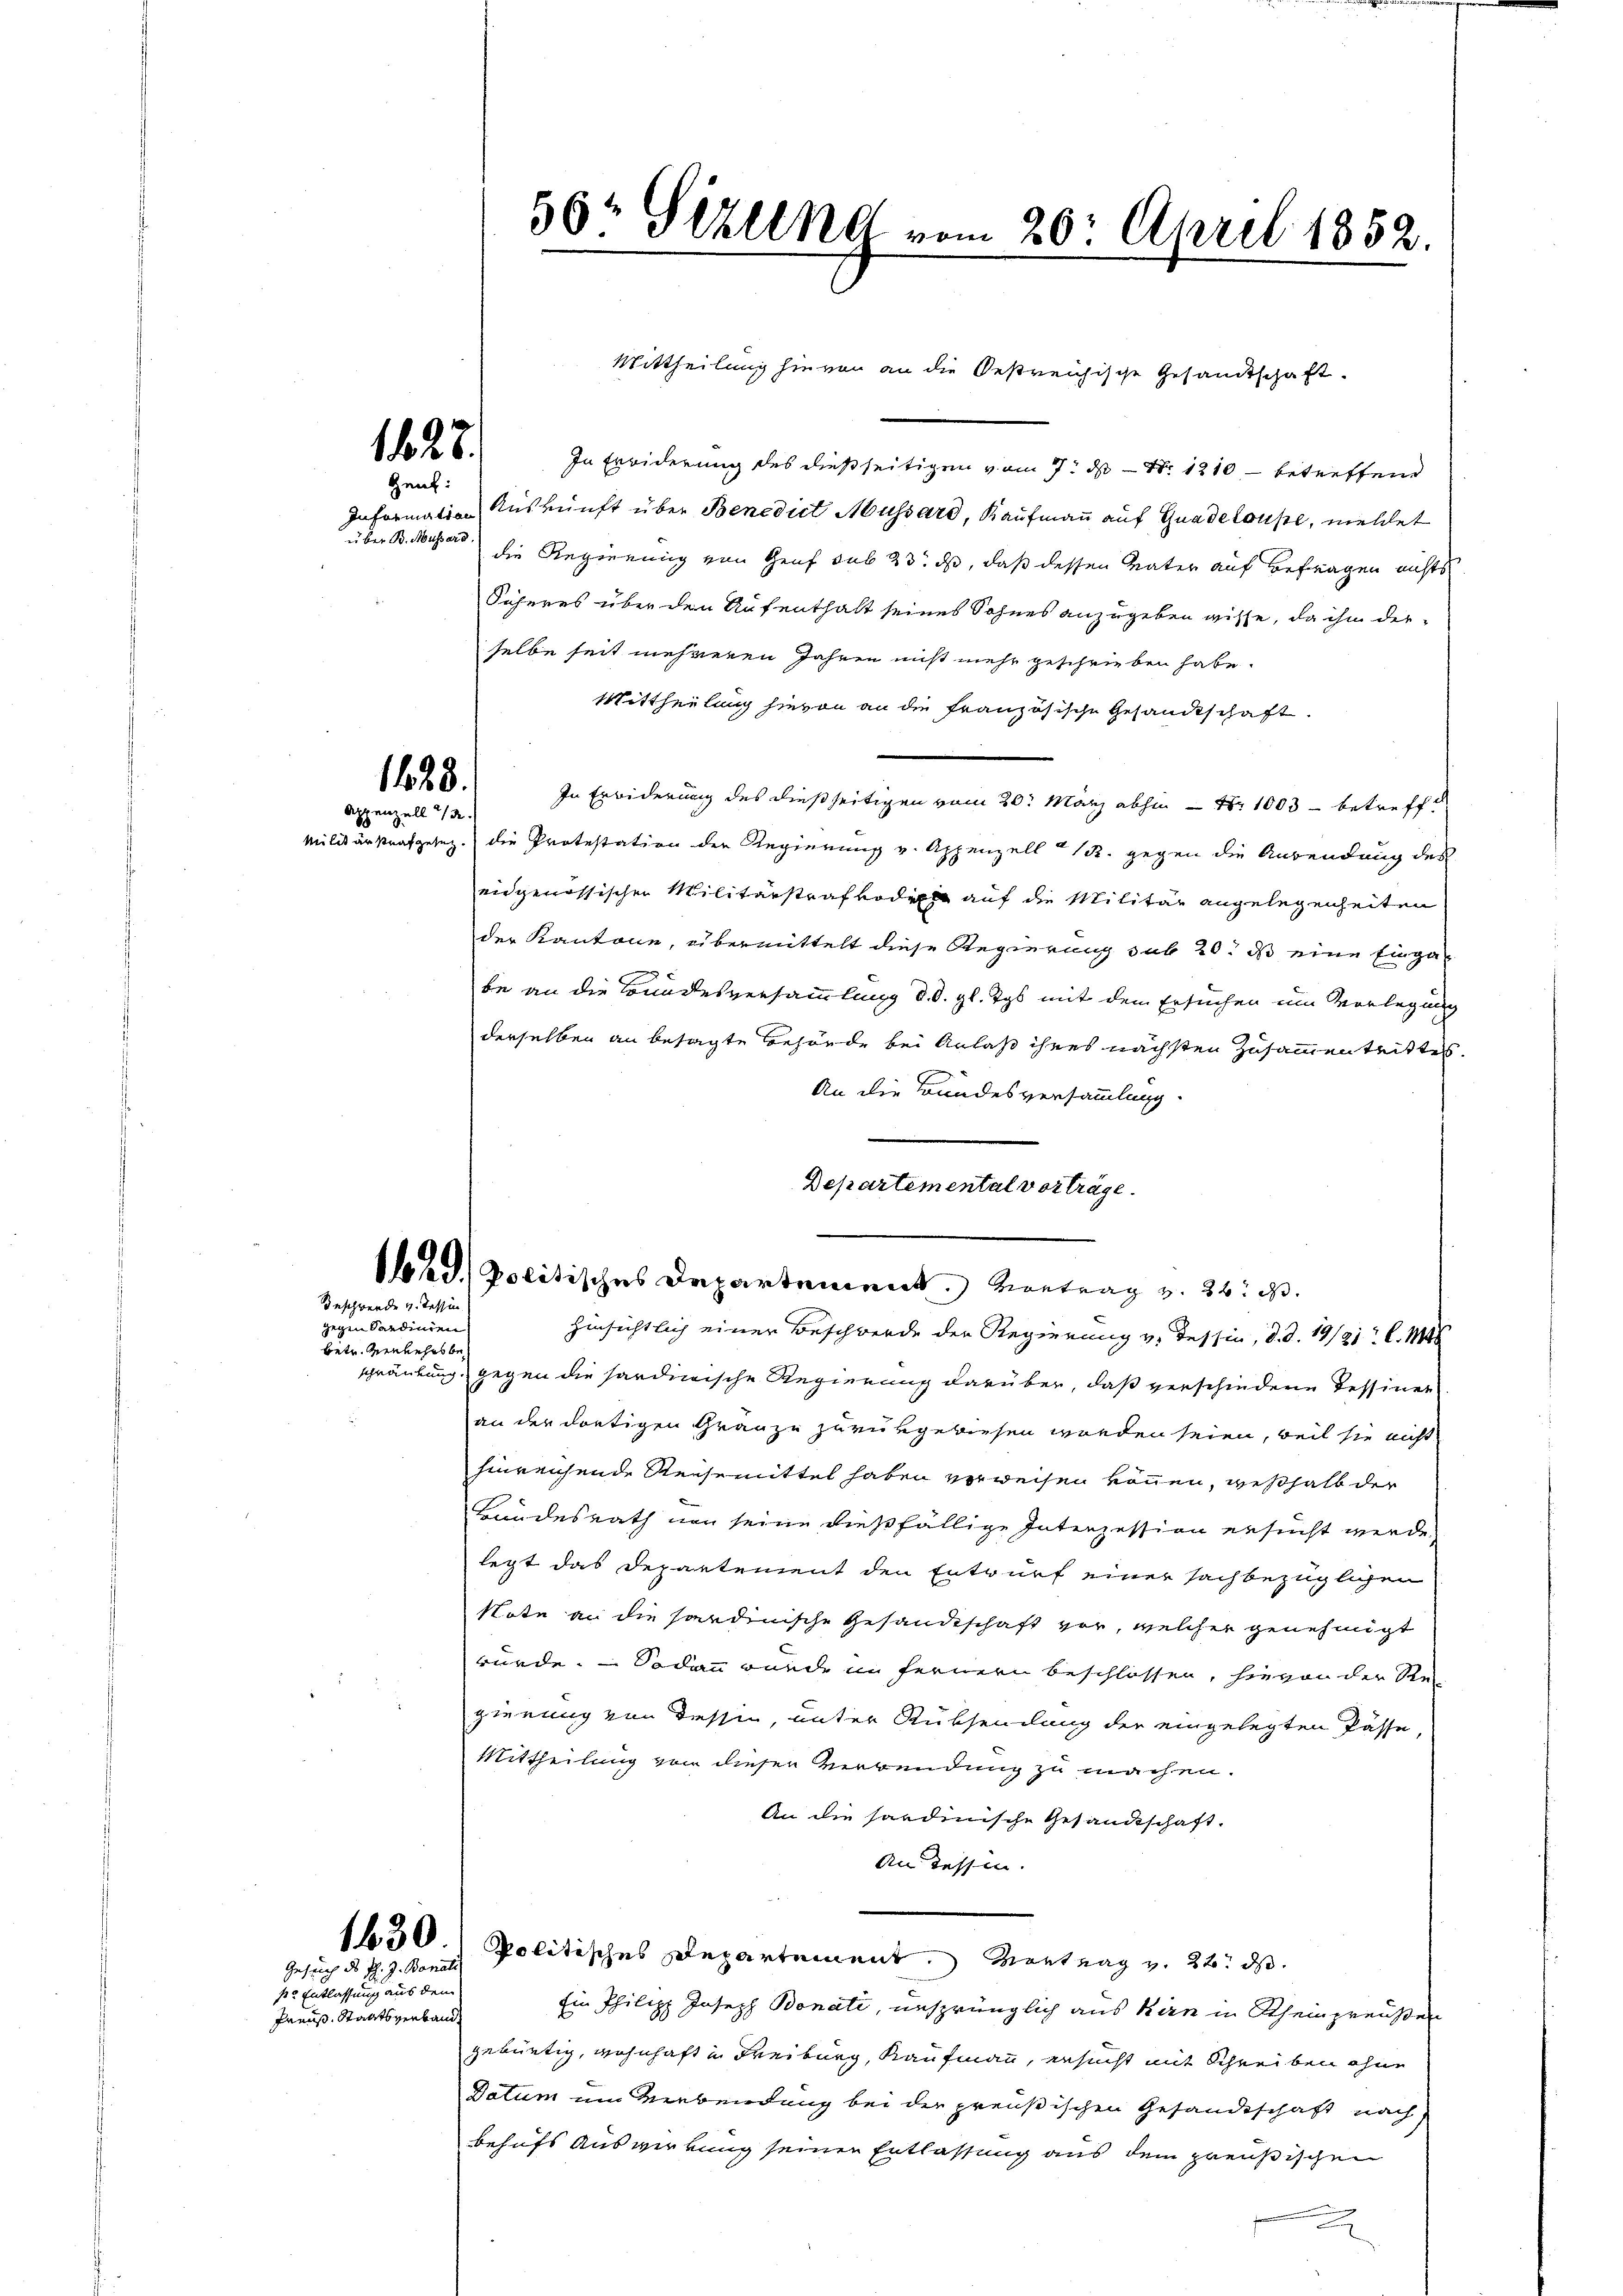
über B. Mussers.

1428.
Appenzell 1/2

s. Entlassung aus dem
Preus, Staatsverband¬

1828.
Zeut:

In Erwiderung des dießseitigen vom 7. ds N. 1210, – betreffend
Information Auskunft über Benedict Mussard, Kaufmann auf Gnadelouse, meldet
die Regierung von Genf sub 23. ds, daß dessen Vater auf Befragen nichts
Säheres über den Aufenthalt seines Sohnes anzugeben wisse, da ihm derselbe seit mehreren Jahren nicht mehr geschrieben habe.
Mittheilung hievon an die französische Gesandtschaft.
In Erwiderung des dießseitigen vom 20. März abhin Nr. 1003 betreffe
Militärstrafgesez. die Protestation der Regierung v. Appenzell R. gegen die Anwendung des
eidgenössischen Militärstrafvodicht auf die Militär angelegenheiten
der Kantone, übermittelt diese Regierung sub 20. ds eine Einga¬
A
be an die Bundesversammlung d. d. gl. Tys mit dem Ersuchen um Vorlegung
derselben an besagte Behörde bei Anlaß ihres nächsten Zusammentrittes.
An die Bundesversammlung.
hinsichtlich einer Beschwerde der Regierung v. Tessin, d. d. 19/21: C. Mit
schränkung, gegen die sardinische Regierung darüber, daß verschiedene Tessiner
an der dortigen Granze zurükgewiesen worden seien, weil sie nicht
hinreichende Reisemittel haben verweisen können, weßhalb der
Bundesrath von seine dießfällige Interzession ersucht werde.
legt das Departement den Entwurf einer sachbezüglichen
Note an die sardinische Gesandtschaft vor, welcher genehmigt
würde. — Sodann wurde im fernern beschlossen, hievon der Re
gierung von dessen, unter Rücksendung der eingelegten Pässe,
Mittheilung von dieser Verwendung zu machen.
An die sardinische Gesandtschaft.
An Tessin.
1630. Politisches Departement. Vortrag v. 22. ds.
Ein Philipp Joseph Bonati, unsprünglich aus kan in Scheinpreußen
gebürtig, wohnhaft in Freiburg, Kaufmann, ersucht mit Schreiben ohne
Datum um Verbendung bei der preußischen Gesandtschaft nach
behufs Auswirkung seinen Entlassung aus dem preußischen

Beschwerde v. Tessin

gegen Sardinien
bete Verkehrsbe¬

Gesuch ds J. J. Bonati

50: Sizung vom 20. April 1852.

Departemental vorträge.
1 ad. politisches Departement. Vortrag v. 26. d.

Mittheilung hievon an die Oestreichische Gesandtschaft.